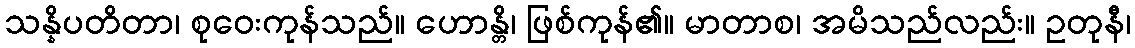
သန္နိပတိတာ၊ စုဝေးကုန်သည်။ ဟောန္တိ၊ ဖြစ်ကုန်၏။ မာတာစ၊ အမိသည်လည်း။ ဥတုနီ၊